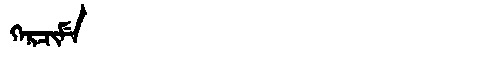
Manchu: ᡴᡝᡵᠴᡳᠮᡝ
Romanization: KERCIME